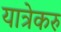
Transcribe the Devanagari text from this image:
यात्रेकरु